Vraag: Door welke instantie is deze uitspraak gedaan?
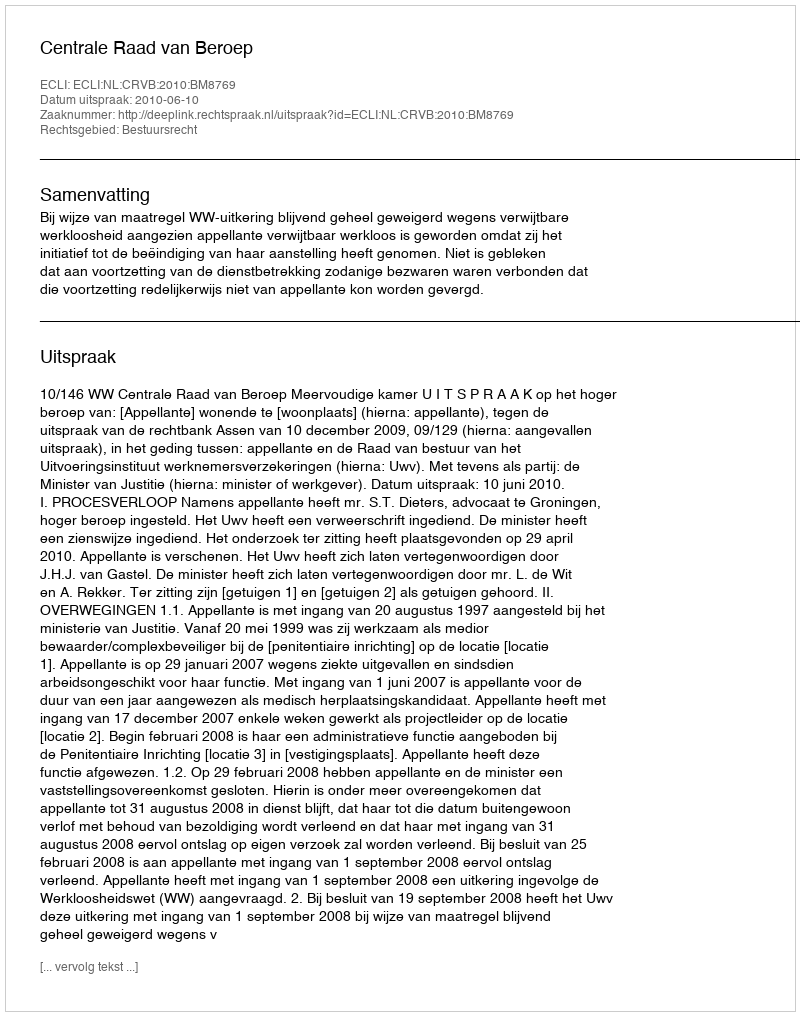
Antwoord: Centrale Raad van Beroep